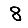
Digit: 8